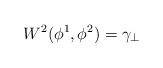
LaTeX: \begin{align*}W^2(\phi^1,\phi^2)= \gamma_\perp \end{align*}